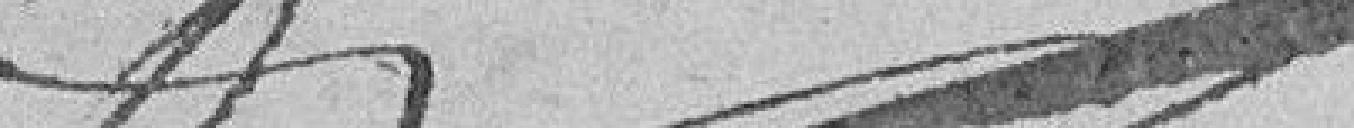
?